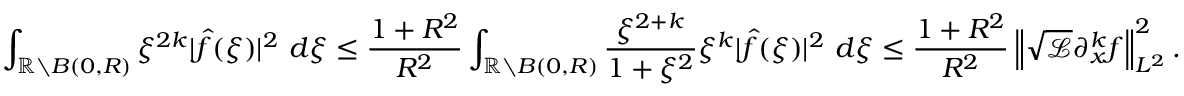
\int _ { \mathbb { R } \setminus B ( 0 , R ) } \xi ^ { 2 k } | \hat { f } ( \xi ) | ^ { 2 } \ d \xi \leq \frac { 1 + R ^ { 2 } } { R ^ { 2 } } \int _ { \mathbb { R } \setminus B ( 0 , R ) } \frac { \xi ^ { 2 + k } } { 1 + \xi ^ { 2 } } \xi ^ { k } | \hat { f } ( \xi ) | ^ { 2 } \ d \xi \leq \frac { 1 + R ^ { 2 } } { R ^ { 2 } } \left\| \sqrt { \mathscr { L } } \partial _ { x } ^ { k } f \right\| _ { L ^ { 2 } } ^ { 2 } .